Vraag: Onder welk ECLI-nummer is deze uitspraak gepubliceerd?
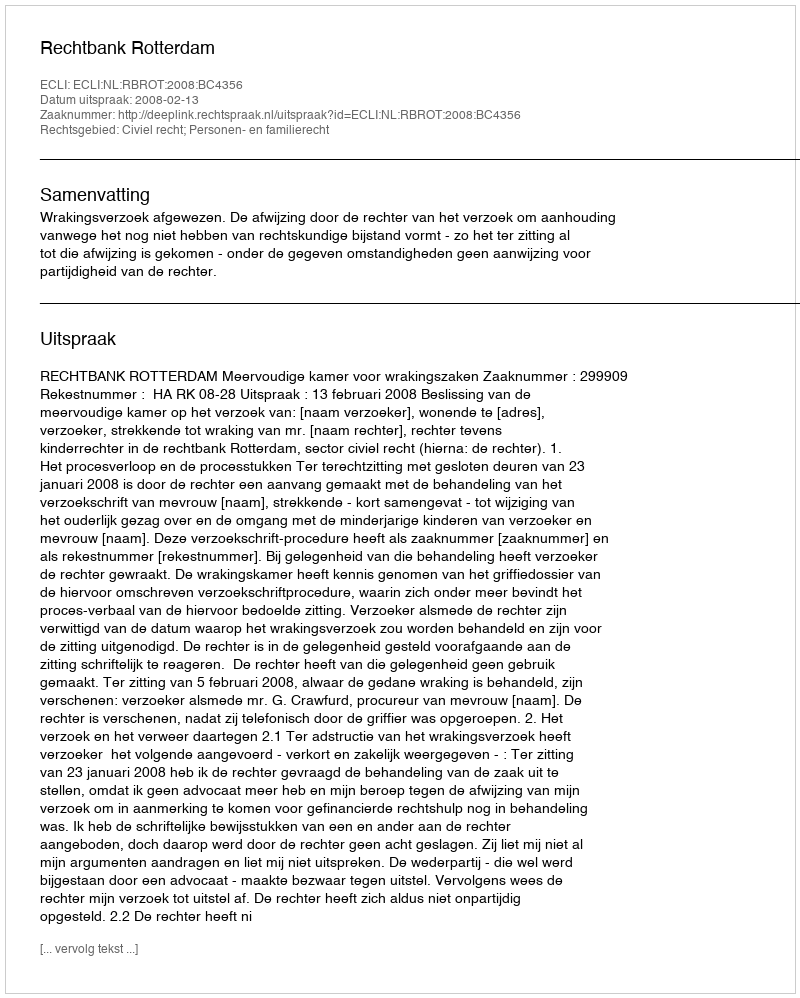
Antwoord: ECLI:NL:RBROT:2008:BC4356